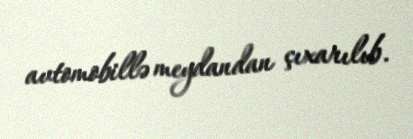
avtomobillə meydandan çıxarılıb.